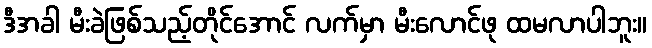
ဒီအခါ မီးခဲဖြစ်သည့်တိုင်အောင် လက်မှာ မီးလောင်ဖု ထမလာပါဘူး။